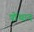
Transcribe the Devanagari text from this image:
पोंथान